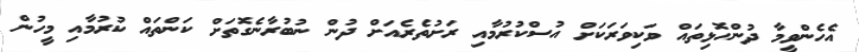
އެހެންވީމާ ދުންހޮޅިތައް ވަކިވަރަކަށް އުސްކުރުމާއި ރަށުތެރެއަށް ދުން ނުބުރާނެގޮތަށް ކަންތައް ކުރުމާއި މީހުން